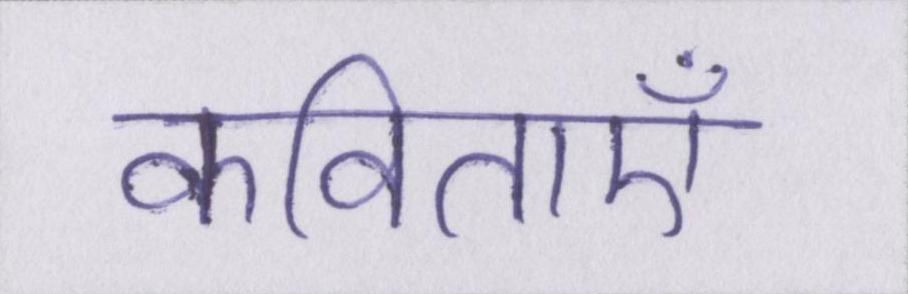
कविताएँ